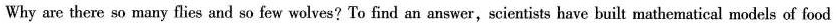
Why are there so many flies and so few wolves? To find an answer,scientists have built mathematical models of food